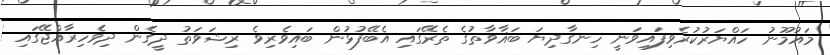
މައުމޫނު ހައްޔަރުކުރެވިފައިވަނީ ހިނގާދިޔަ ބަޣާވާތުގެ ތެރޭގައި އެބޭފުޅުން ބައިވެރިވެ ރިޝަވަތު ދީގެން ދިވެހިރާއްޖޭގައި